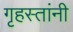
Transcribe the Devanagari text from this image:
गृहस्तांनी